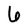
Character: 6